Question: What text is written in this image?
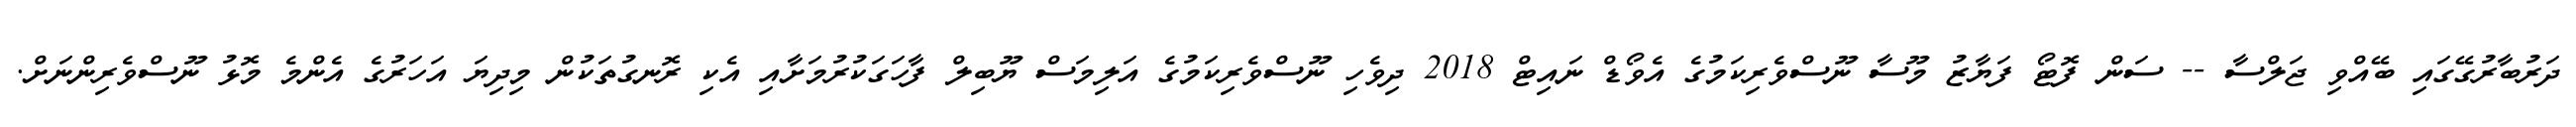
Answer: ދަރުބާރުގޭގައި ބޭއްވި ޖަލްސާ -- ސަން ފޮޓޯ ފަޔާޒު މޫސާ ނޫސްވެރިކަމުގެ އެވޯޑް ނައިޓް 2018 ދިވެހި ނޫސްވެރިކަމުގެ އަލިމަސް ޔޫބިލް ފާހަގަކުރުމަށާއި އެކި ރޮނގުތަކުން މިދިޔަ އަހަރުގެ އެންމެ މޮޅު ނޫސްވެރިންނަށް.